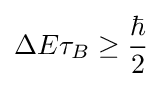
\Delta E\tau _{B}\geq {\frac {\hbar }{2}}